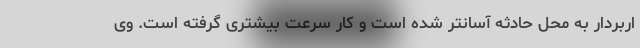
اربردار به محل حادثه آسانتر شده است و کار سرعت بیشتری گرفته است. وی